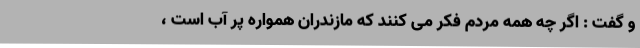
و گفت : اگر چه همه مردم فکر می کنند که مازندران همواره پر آب است ،